Report on sanitation, dispensaries, and jails in Rajputana for 1915, and on vaccination for the year 1915-1916 - 1915-1916
Year: 1915
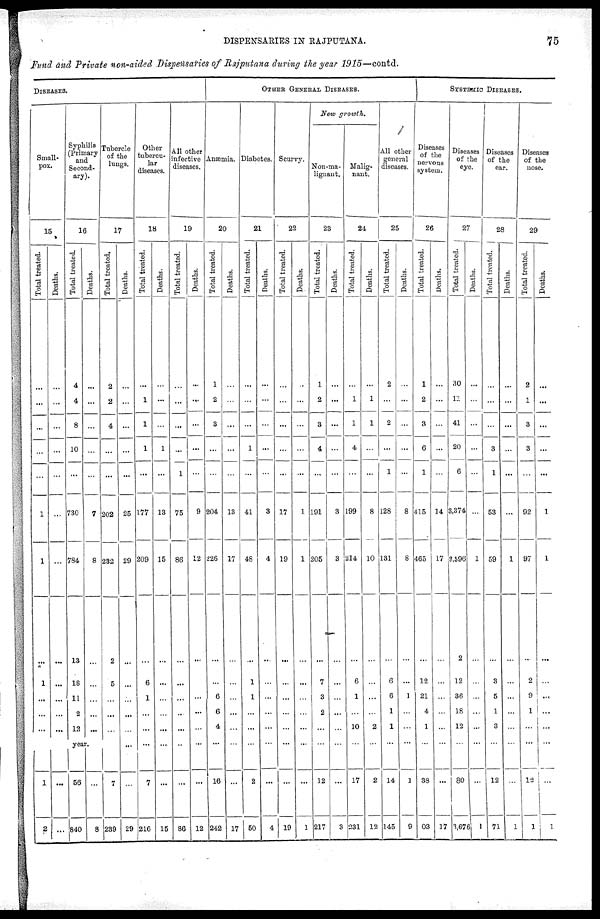
DISPENSARIES IN RAJPUTANA.
75
Fund and Private non-aided Dispensaries of Rajputana during the year 1915—contd.
DISEASES.
Small-
pox.
15
Total treated.
...
...
...
...
...
1
1
...
1
...
...
...
Deaths.
...
...
...
...
...
...
...
...
...
...
...
...
Syphilis
(Primary
and
Second-
ary).
16
Total treated.
4
4
8
10
...
730
784
13
18
11
2
13
Deaths.
...
...
...
...
...
7
8
...
...
...
...
...
Tubercle
of the
lungs.
17
Total treated.
2
2
4
...
...
202
232
2
5
...
...
...
year.
1
2
...
...
56
840
...
8
7
239
Deaths.
...
...
...
...
...
25
29
...
...
...
...
...
...
...
29
Other
tubercu-
lar
diseases.
18
Total treated.
...
1
1
1
...
177
209
...
6
1
...
...
...
7
216
Deaths.
...
...
...
1
...
13
15
...
...
...
...
...
...
...
15
All other
infective
diseases.
19
Total treated.
...
...
...
...
1
75
86
...
...
...
...
...
...
...
86
Deaths.
...
...
...
...
...
9
12
...
...
...
...
...
...
...
12
OTHER GENERAL DISEASES.
Anæmia.
20
Total treated.
1
2
3
...
...
204
226
...
...
6
6
4
...
16
242
Deaths.
...
...
...
...
...
13
17
...
...
...
...
...
...
...
17
Diabetes.
21
Total treated.
...
...
...
1
...
41
48
...
1
1
...
...
...
2
50
Deaths.
...
...
...
...
...
3
4
...
...
...
...
...
...
...
4
Scurvy.
22
Total treated.
...
...
...
...
...
17
19
...
...
...
...
...
...
...
19
Deaths.
...
...
...
...
...
1
1
...
...
...
...
...
...
...
1
New growth.
Non-ma-
lignant.
23
Total treated.
1
2
3
4
...
191
205
...
7
3
2
...
...
12
217
Deaths.
...
...
...
...
...
3
3
...
...
...
...
...
...
...
3
Malig-
nant.
24
Total treated.
...
1
1
4
...
199
214
...
6
1
...
10
...
17
231
Deaths.
...
1
1
...
...
8
10
...
...
...
...
2
...
2
12
All other
general
diseases.
25
Total treated.
2
...
2
...
1
128
131
...
6
6
1
1
...
14
145
Deaths.
...
...
...
...
...
8
8
...
...
1
...
...
...
1
9
SYSTEMIC DISEASES.
Diseases
of the
nervous
system.
26
Total treated.
1
2
3
6
1
415
465
...
12
21
4
1
...
38
03
Deaths.
...
...
...
...
...
14
17
...
...
...
...
...
...
...
17
Diseases
of the
eye.
27
Total treated.
30
11
41
20
6
3,374
3,596
2
12
36
18
12
...
80
3,676
Deaths.
...
...
...
...
...
...
1
...
...
...
...
...
...
...
1
Diseases
of the
ear.
28
Total treated.
...
...
...
3
1
53
59
...
3
5
1
3
...
12
71
Deaths.
...
...
...
...
...
...
1
...
...
...
...
...
...
...
1
Diseases
of the
nose.
29
Total treated.
2
1
3
3
...
92
97
...
2
9
1
...
...
12
1
Deaths.
...
...
...
...
...
1
1
...
...
...
...
...
...
...
1